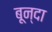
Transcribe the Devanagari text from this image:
बून्दा